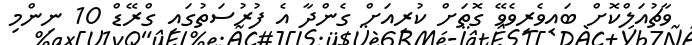
ވާޗުއަލްކޮށް ބައިވެރިވެވޭ ގޮތަށް ކުރިއަށް ގެންދާ އެ ފުރުސަތުގައި ގްރޭޑް 10 ނިންމި